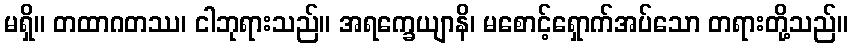
မရှိ။ တထာဂတဿ၊ ငါဘုရားသည်။ အရက္ခေယျာနိ၊ မစောင့်ရှောက်အပ်သော တရားတို့သည်။